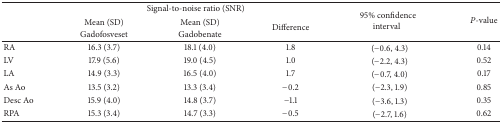
<table><thead><tr><td><b> </b></td><td colspan="3"><b>Signal-to-noise ratio (SNR)</b></td><td rowspan="3"><b>95% confidenceinterval</b></td><td rowspan="3"><b><i>P</i>-value</b></td></tr><tr><td><b> </b></td><td><b>Mean (SD)</b></td><td><b>Mean (SD)</b></td><td rowspan="2"><b>Difference</b></td></tr><tr><td><b> </b></td><td><b>Gadofosveset</b></td><td><b>Gadobenate</b></td></tr></thead><tbody><tr><td>RA</td><td>16.3 (3.7)</td><td>18.1 (4.0)</td><td>1.8</td><td>(−0.6, 4.3)</td><td>0.14</td></tr><tr><td>LV</td><td>17.9 (5.6)</td><td>19.0 (4.5)</td><td>1.0</td><td>(−2.2, 4.3)</td><td>0.52</td></tr><tr><td>LA</td><td>14.9 (3.3)</td><td>16.5 (4.0)</td><td>1.7</td><td>(−0.7, 4.0)</td><td>0.17</td></tr><tr><td>As Ao</td><td>13.5 (3.2)</td><td>13.3 (3.4)</td><td>−0.2</td><td>(−2.3, 1.9)</td><td>0.85</td></tr><tr><td>Desc Ao</td><td>15.9 (4.0)</td><td>14.8 (3.7)</td><td>−1.1</td><td>(−3.6, 1.3)</td><td>0.35</td></tr><tr><td>RPA</td><td>15.3 (3.4)</td><td>14.7 (3.3)</td><td>−0.5</td><td>(−2.7, 1.6)</td><td>0.62</td></tr></tbody></table>